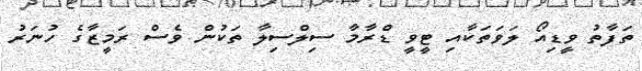
ތަފާތު ވީޑިއޯ ލަވަތަކާއި ޓީވީ ޑްރާމާ ސިލްސިލާ ތަކުން ވެސް ރަމީޒާގެ ހުނަރު